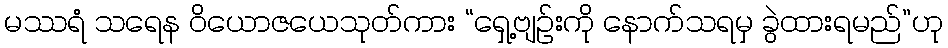
မဿရံ သရေန ဝိယောဇယေသုတ်ကား “ရှေ့ဗျဉ်းကို နောက်သရမှ ခွဲထားရမည်”ဟု